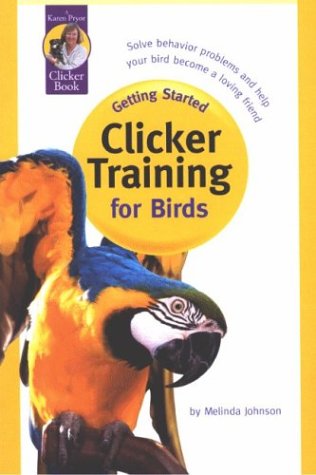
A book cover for Getting Started: Clicker Training for Birds; Melinda Johnson; Crafts, Hobbies & Home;